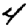
Digit: 4